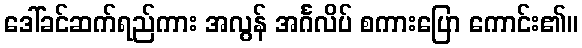
ဒေါ်ခင်ဆက်ရည်ကား အလွန် အင်္ဂလိပ် စကားပြော ကောင်း၏။